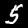
Digit: 5